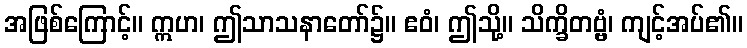
အဖြစ်ကြောင့်။ ဣဟ၊ ဤသာသနာတော်၌။ ဧဝံ၊ ဤသို့။ သိက္ခိတဗ္ဗံ၊ ကျင့်အပ်၏။